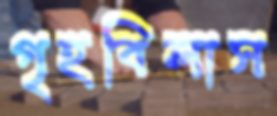
গৃহবিলাস